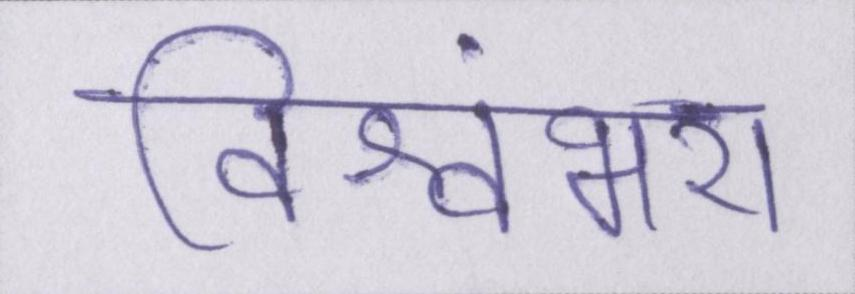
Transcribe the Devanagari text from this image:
विश्वंभरा